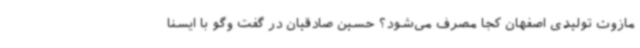
مازوت تولیدی اصفهان کجا مصرف می‌شود؟ حسین صادقیان در گفت وگو با ایسنا